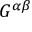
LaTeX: G ^ { \alpha \beta }